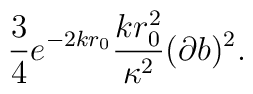
\frac{3}{4} e^{-2 k r_0} \frac{k r_0^2}{\kappa^2}   (\partial b)^2 .